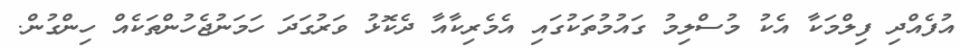
އުފެއްދި ފިލްމަކާ އެކު މުސްލިމު ގައުމުތަކުގައި އެމެރިކާއާ ދެކޮޅު ވަރުގަދަ ހަމަނުޖެހުންތަކެއް ހިންގުން.